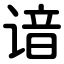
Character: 谙